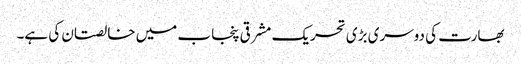
بھارت کی دوسری بڑی تحریک مشرقی پنجاب میں خالصتان کی ہے۔